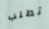
تطلب